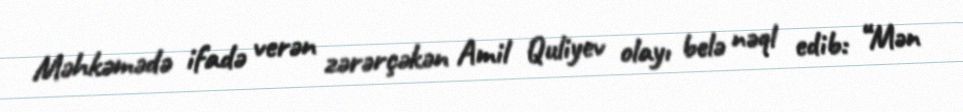
Məhkəmədə ifadə verən zərərçəkən Amil Quliyev olayı belə nəql edib: “Mən